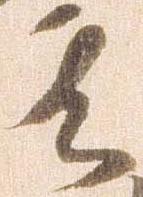
其